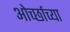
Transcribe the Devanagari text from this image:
ओर्च्छाच्या